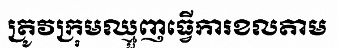
ត្រូវក្រុមឈ្មួញធ្វើការខលតាម